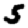
Digit: 5